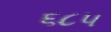
૬૮૫